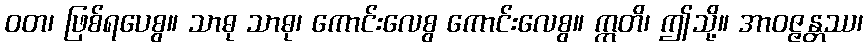
ဝတ၊ ဖြစ်ရပေစွ။ သာဓု သာဓု၊ ကောင်းလေစွ ကောင်းလေစွ။ ဣတိ၊ ဤသို့။ အာဝဇ္ဇန္တဿ၊